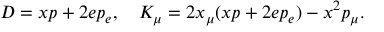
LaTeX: D = x p + 2 e p _ { e } , \quad K _ { \mu } = 2 x _ { \mu } ( x p + 2 e p _ { e } ) - x ^ { 2 } p _ { \mu } .